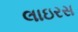
લાઇરસ